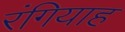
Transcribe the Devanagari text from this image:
रंगियाह